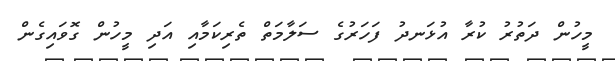
މީހުން ދަތުރު ކުރާ އުޅަނދު ފަހަރުގެ ސަލާމަތް ތެރިކަމާއި އަދި މީހުން ގޮވައިގެން